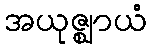
အယုဇ္ဈာယံ